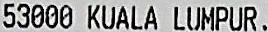
53000 KUALA LUMPUR.